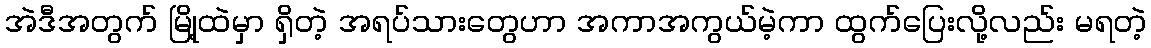
အဲဒီအတွက် မြို့ထဲမှာ ရှိတဲ့ အရပ်သားတွေဟာ အကာအကွယ်မဲ့ကာ ထွက်ပြေးလို့လည်း မရတဲ့